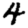
Digit: 4